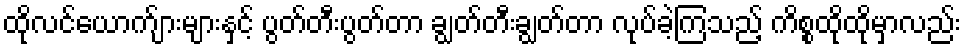
ထိုလင်ယောက်ျားများနှင့် ပွတ်တီးပွတ်တာ ချွတ်တီးချွတ်တာ လုပ်ခဲ့ကြသည့် ကိစ္စထိုထိုမှာလည်း